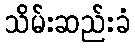
သိမ်းဆည်းခံ